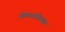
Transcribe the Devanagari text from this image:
जिमनास्टिक्‍स